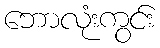
ဘောလုံးကွင်း